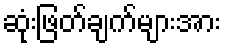
ဆုံးဖြတ်ချက်များအား